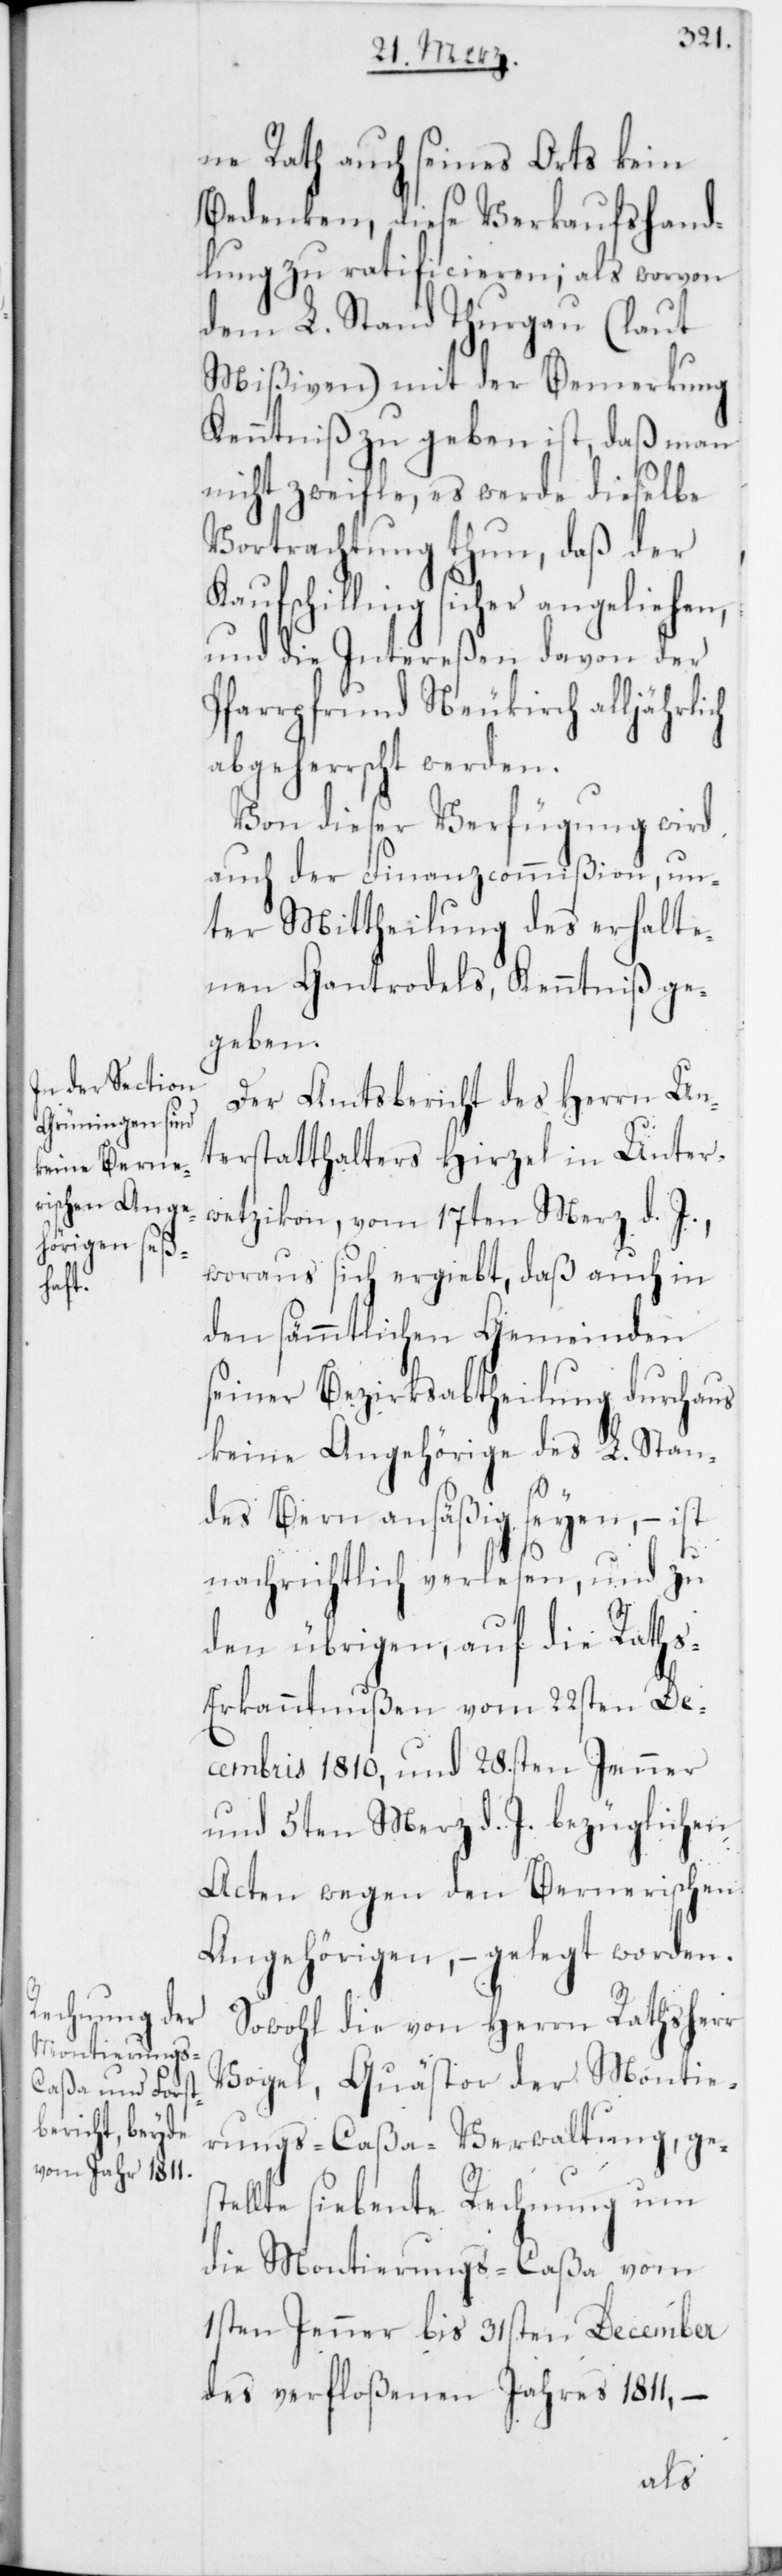
ne Rath auch seines Orts kein
Bedenken, diese Verkaufshand¬
lung zu ratificieren; als worvon
dem L. Stand Thurgau (laut
Mißiven) mit der Bemerkung
Kenntniß zu geben ist, daß man
nicht zweifle, es werde dieselbe
Vortrachtung thun, daß der
Kaufschilling sicher angeliehen,
und die Intereßen davon der
Pfarrpfrund Neukirch alljährlich
abgeherrscht werden.
Von dieser Verfügung wird
auch der Finanzcommißion, un¬
ter Mittheilung des erhalte¬
nen Gantrodels, Kenntniß ge¬
geben.
Der Amtsbericht des Herrn Un¬
terstatthalters Hirzel in Unter¬
wetzikon, vom 17ten Merz d.
woraus sich ergiebt, daß auch in
den sämmtlichen Gemeinden
seiner Bezirksabtheilung durchaus
keine Angehörige des L. Stan¬
des Bern ansäßig seyen, – ist
nachrichtlich verlesen, und zu
den übrigen, auf die Rath¬
s-Erkanntnußen vom 22sten De¬
cembris 1810, und 28.sten Jenner
und 5ten Merz d. J. bezüglichen
Acten wegen den Bernerischen
Angehörigen, – gelegt worden.
Sowohl die von Herrn Rathsherr
Vogel, Quästor der Montie¬
rungs-Caßa-Verwaltung, ges¬
tellte siebente Rechnung um
die Montierungs-Caßa vom
1sten Jenner bis 31sten December
des verfloßenen Jahres 1811, –